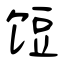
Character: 饾